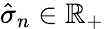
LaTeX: \hat{\sigma}_{n}\in\mathbb{R}_{+}